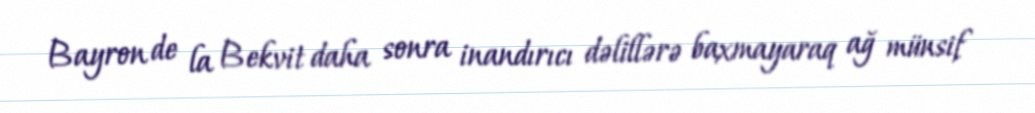
Bayron de la Bekvit daha sonra inandırıcı dəlillərə baxmayaraq ağ münsif